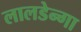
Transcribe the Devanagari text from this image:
लालडेन्गा